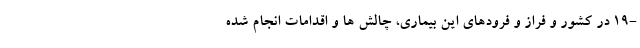
-۱۹ در کشور و فراز و فرودهای این بیماری، چالش ها و اقدامات انجام شده